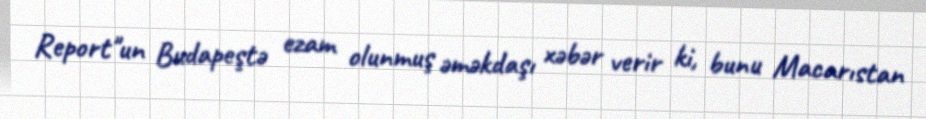
Report"un Budapeştə ezam olunmuş əməkdaşı xəbər verir ki, bunu Macarıstan